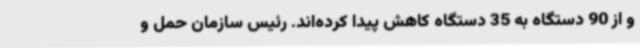
و از 90 دستگاه به 35 دستگاه کاهش پیدا کرده‌اند. رئیس سازمان حمل و